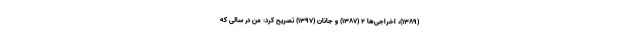
(۱۳۸۹)، اخراجی‌ها ۲ (۱۳۸۷) و جانان (۱۳۹۷) تصریح کرد: من در سالی که